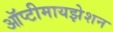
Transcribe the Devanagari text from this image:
ऑप्टीमायझेशन